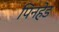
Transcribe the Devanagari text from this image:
पिनहेड